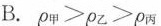
B$$.ρ_{甲}>ρ_{乙}>ρ_{丙}$$